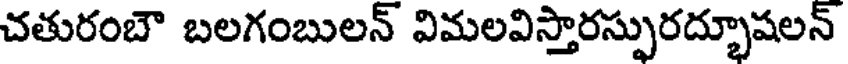
చతురంబౌ బలగంబులన్ విమలవిస్తారస్సురద్భూషలన్